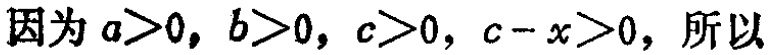
因为\(a > 0, b > 0, c > 0, c - x > 0\)，所以